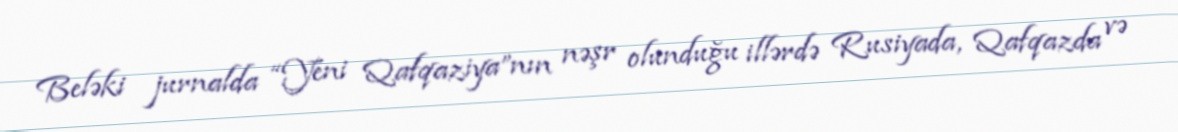
Beləki jurnalda “Yeni Qafqaziya”nın nəşr olunduğu illərdə Rusiyada, Qafqazda və